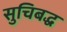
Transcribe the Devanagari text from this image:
सुचिबद्ध